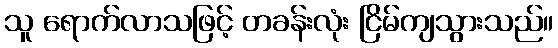
သူ ရောက်လာသဖြင့် တခန်းလုံး ငြိမ်ကျသွားသည်။